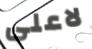
لاعلى